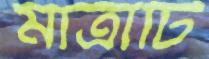
মাত্রাটি